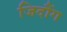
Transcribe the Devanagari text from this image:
जिदौंग